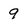
Character: 9